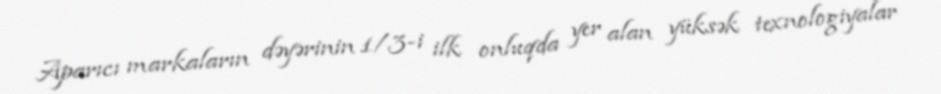
Aparıcı markaların dəyərinin 1/3-i ilk onluqda yer alan yüksək texnologiyalar